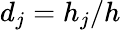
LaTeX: d_{j}=h_{j}/h